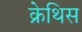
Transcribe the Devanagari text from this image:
क्रेथिस